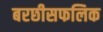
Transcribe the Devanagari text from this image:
बरछीसफलिक